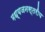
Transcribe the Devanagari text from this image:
मध्यजनस्तरीय